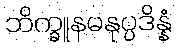
ဘိက္ခူနမနုပ္ပဒိန္နံ